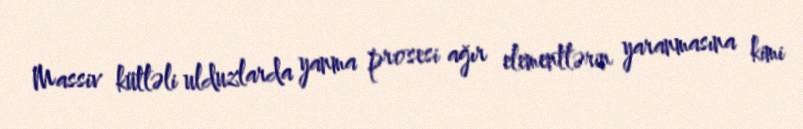
Massiv kütləli ulduzlarda yanma prosesi ağır elementlərin yaranmasına kimi